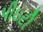
પીઇટી